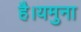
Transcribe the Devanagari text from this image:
है।यमुना